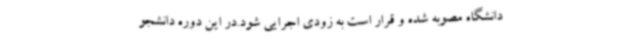
دانشگاه مصوبه شده و قرار است به زودی اجرایی شود.در این دوره دانشجو